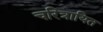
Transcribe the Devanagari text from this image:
चरित्रायित